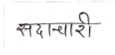
मजकूर: सदाचारी